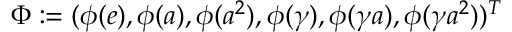
\Phi : = ( \phi ( e ) , \phi ( a ) , \phi ( a ^ { 2 } ) , \phi ( \gamma ) , \phi ( \gamma a ) , \phi ( \gamma a ^ { 2 } ) ) ^ { T }